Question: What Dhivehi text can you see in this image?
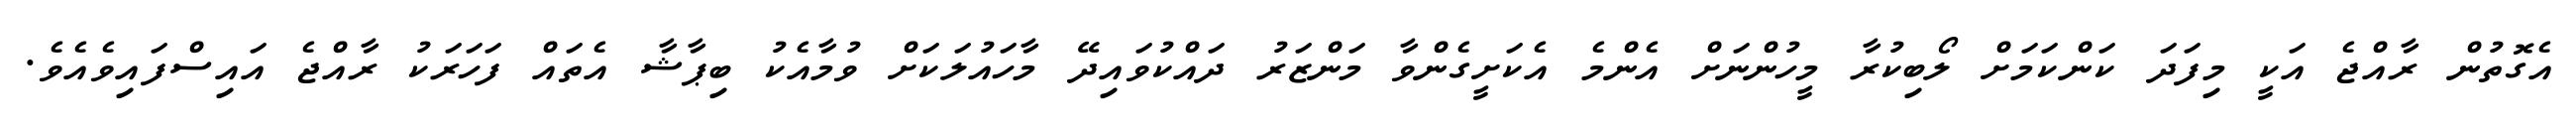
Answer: އެގޮތުން ރާއްޖެ އަކީ މިފަދަ ކަންކަމަށް ލޯބިކުރާ މީހުންނަށް އެންމެ އެކަށީގެންވާ މަންޒަރު ދައްކުވައިދޭ މާހައުލަކަށް ވުމާއެކު ބިޕާޝާ އެތައް ފަހަރަކު ރާއްޖެ އައިސްފައިވެއެވެ.